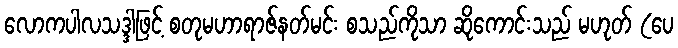
လောကပါလသဒ္ဒါဖြင့် စတုမဟာရာဇ်နတ်မင်း စသည်ကိုသာ ဆိုကောင်းသည် မဟုတ် (ပေ